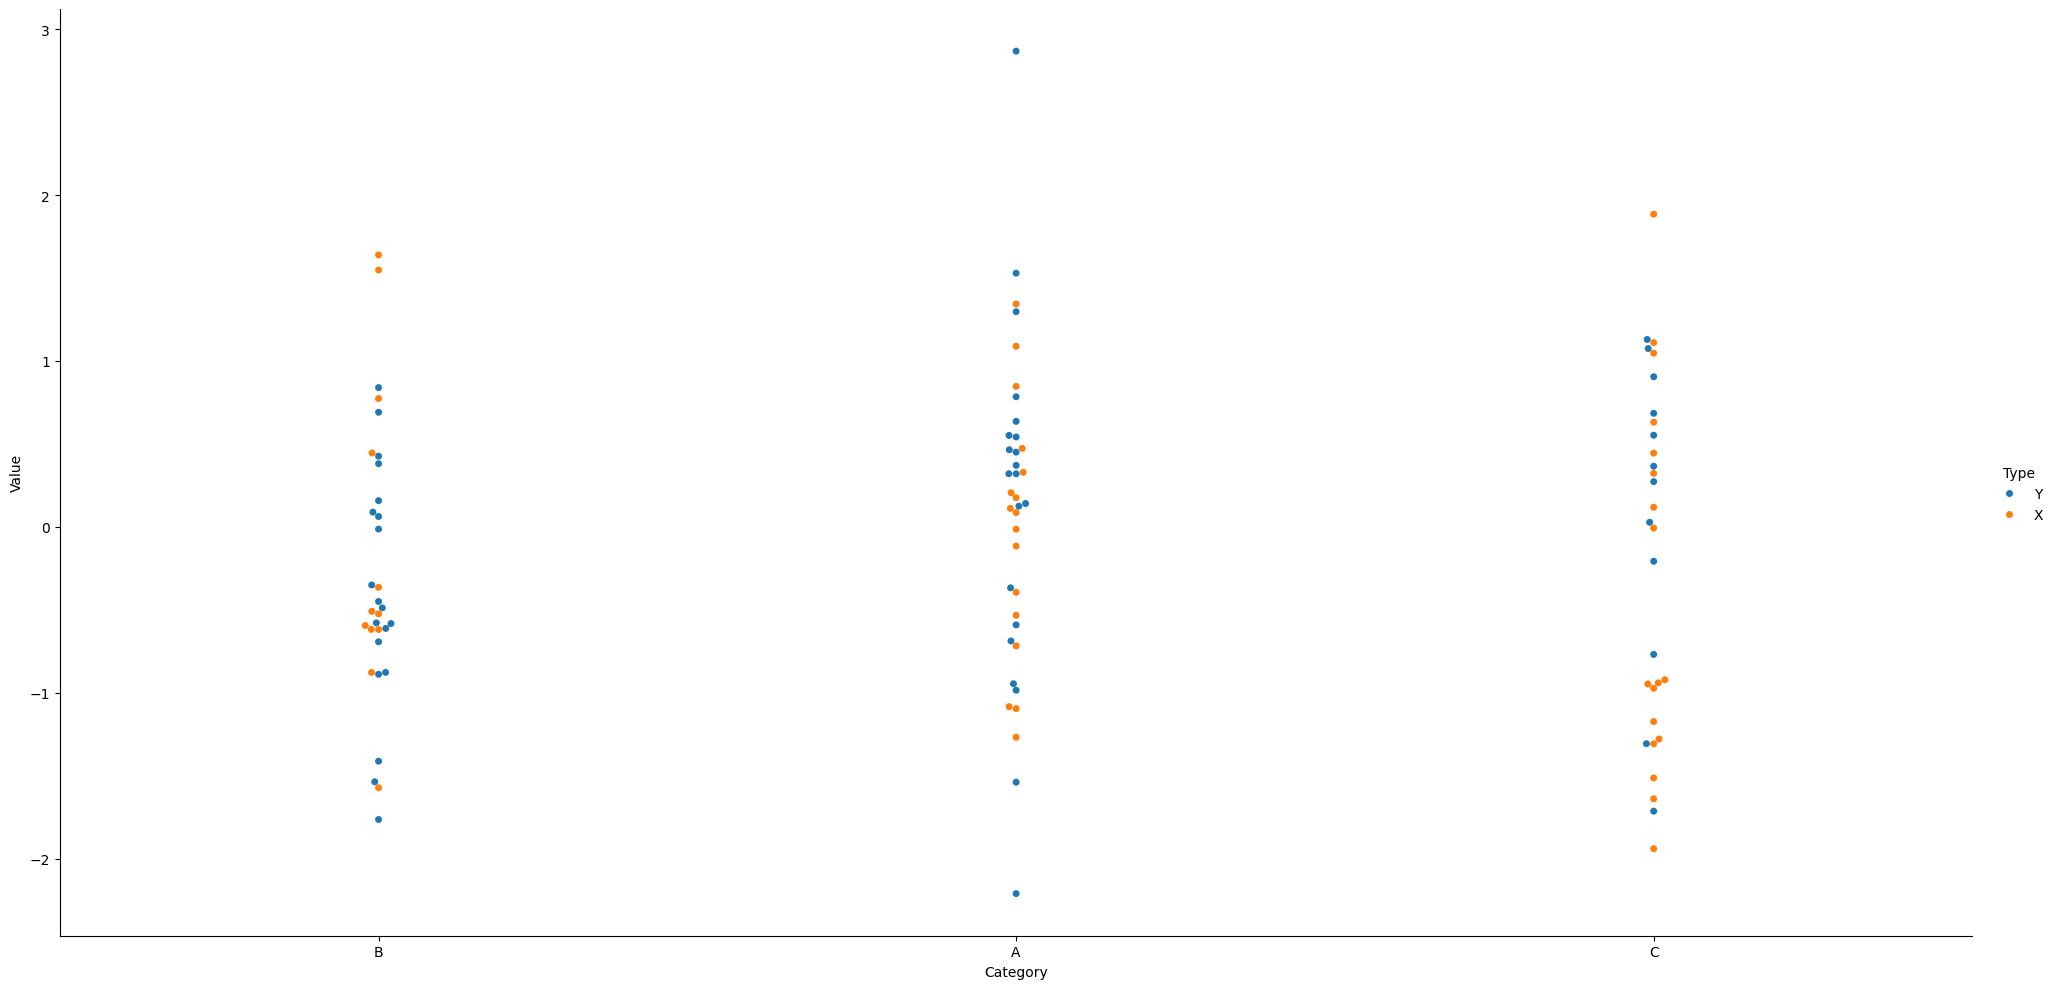
python, seaborn, catplot, kind='swarm', height=10, aspect=2